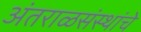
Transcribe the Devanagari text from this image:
अंतराळसंस्थांचे